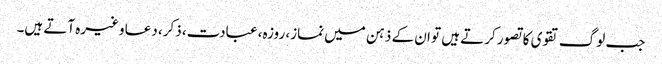
جب لوگ تقوی کا تصور کرتے ہیں تو ان کے ذہن میں نماز، روزہ، عبادت، ذکر، دعا وغیرہ آتے ہیں۔